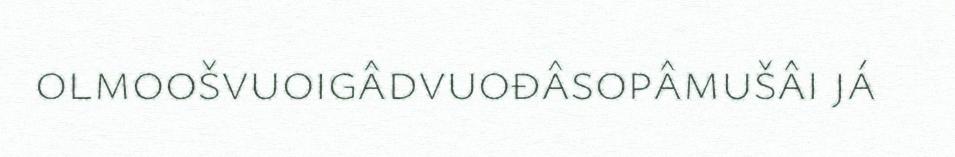
olmoošvuoigâdvuođâsopâmušâi já